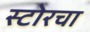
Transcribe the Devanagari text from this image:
स्टोरचा